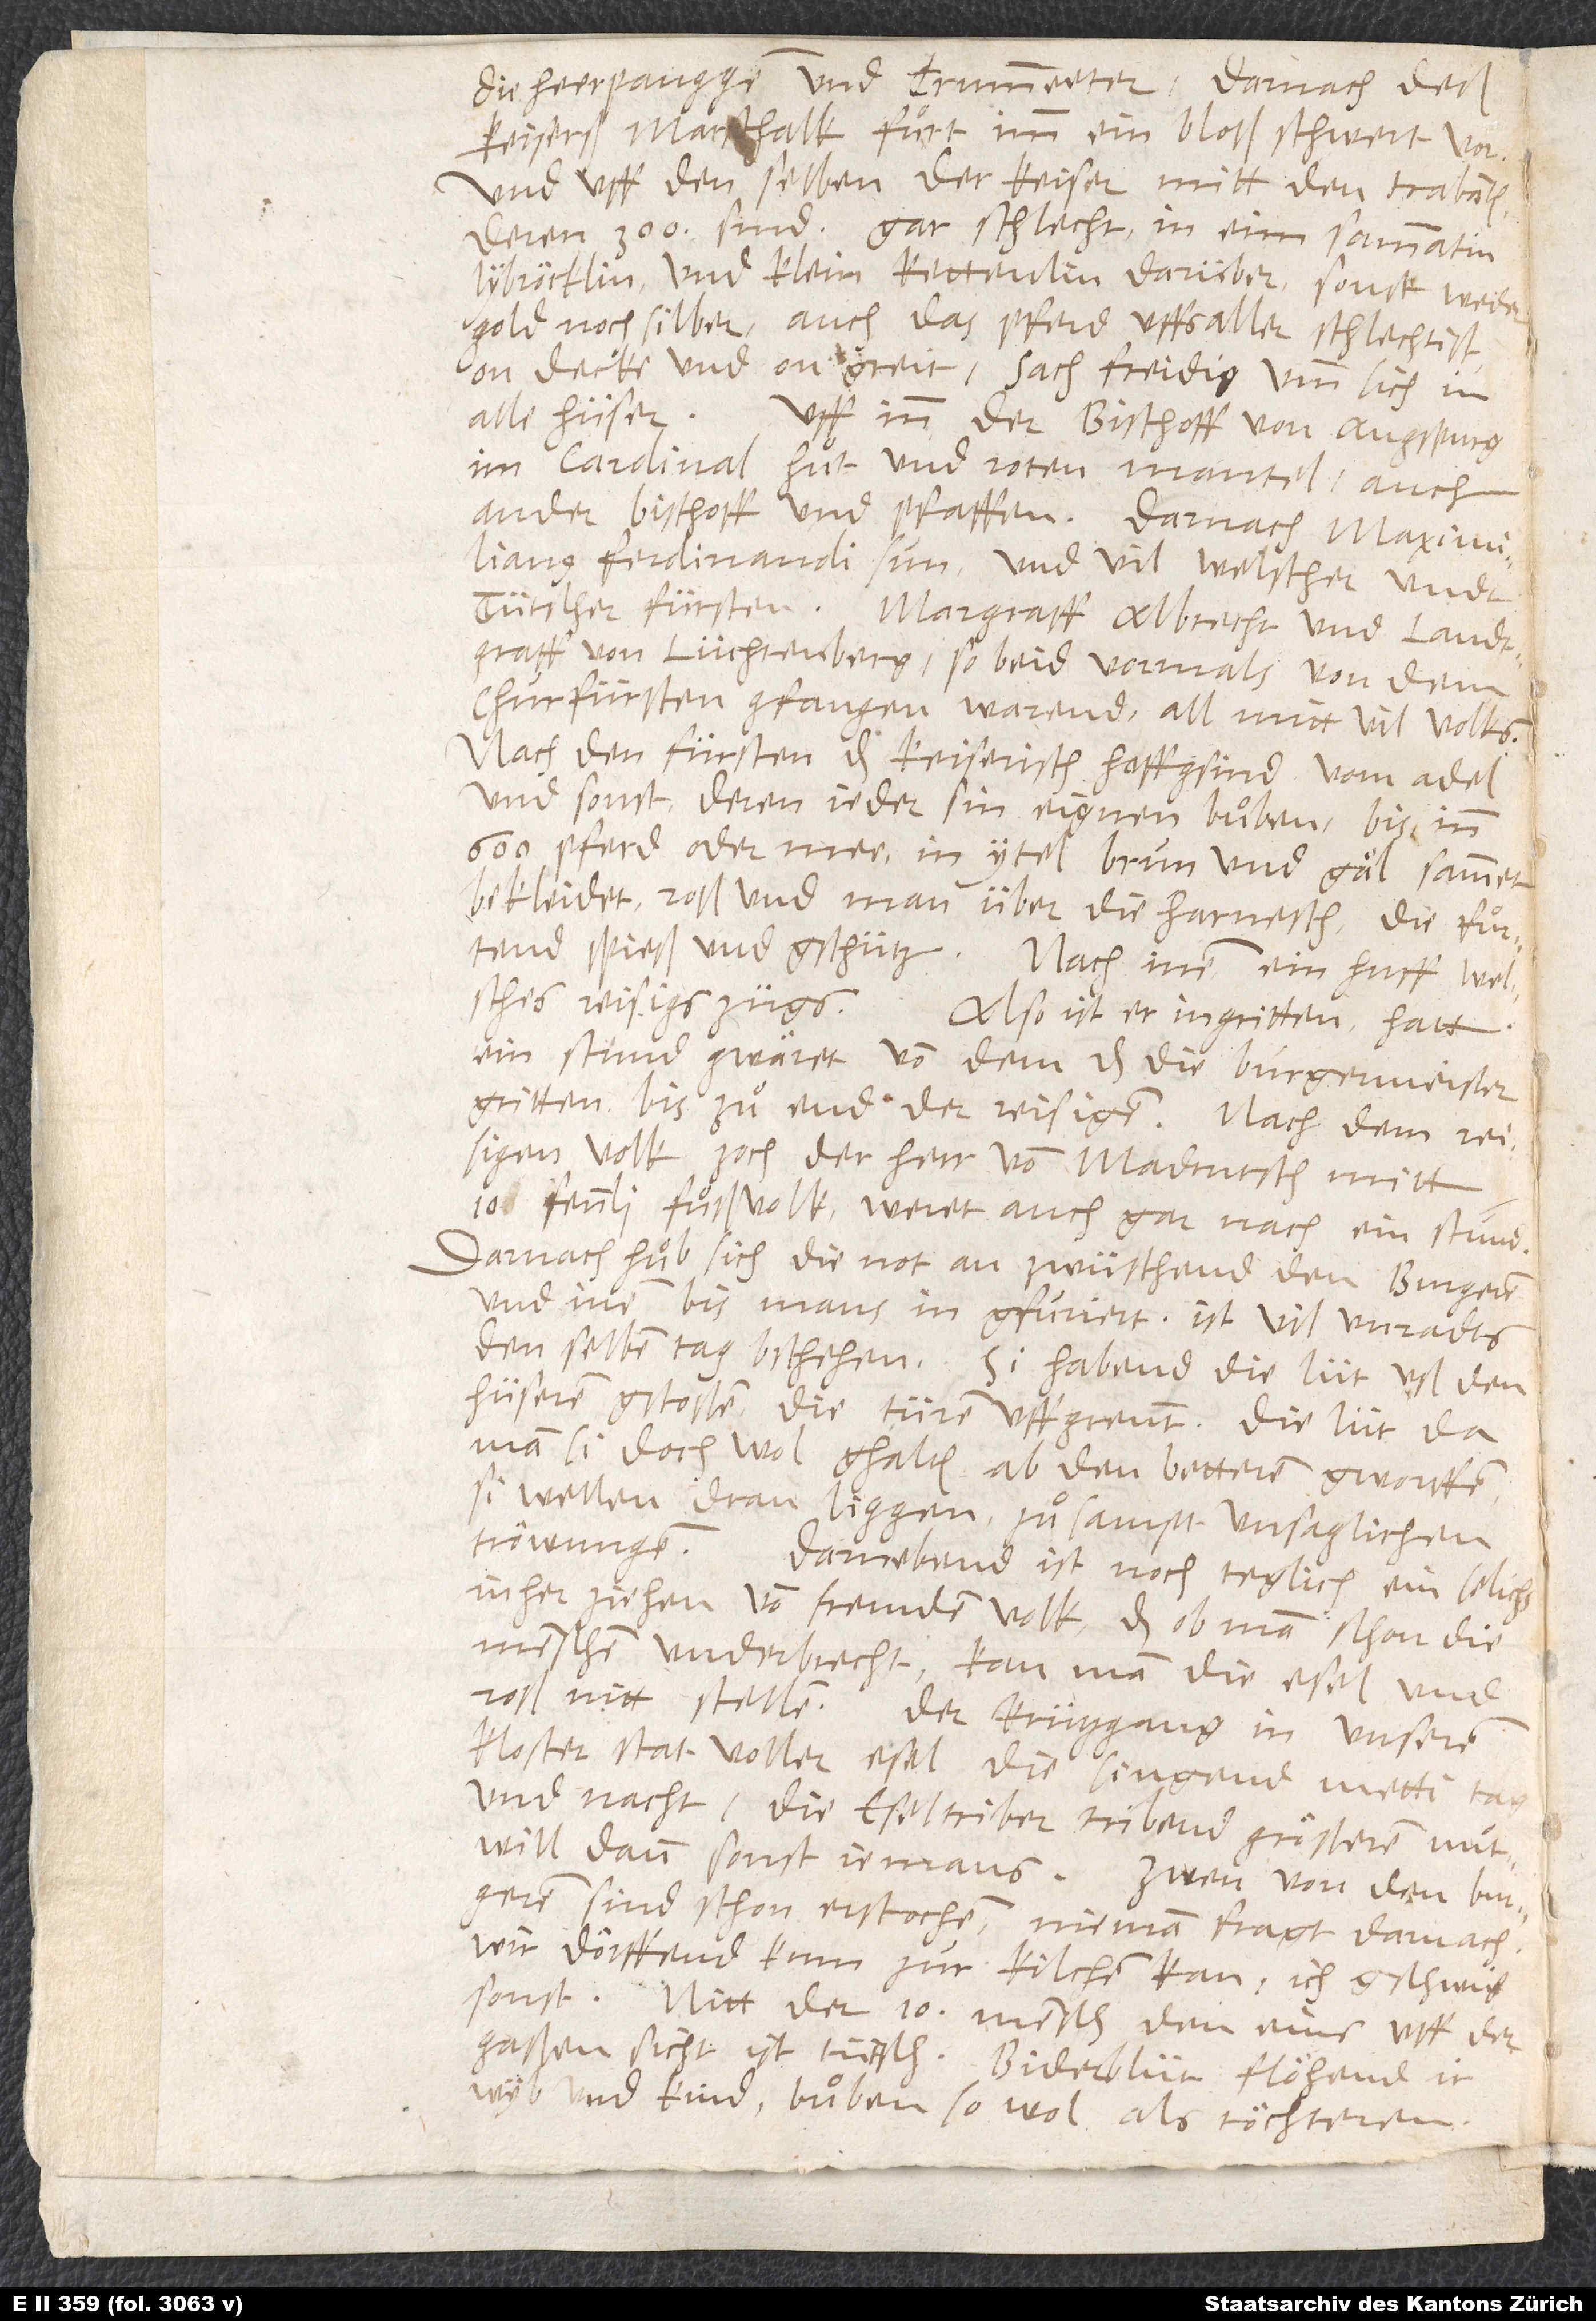
die heerpaugge und trummeeter. Darnach deß
keiserß marschalk. Fuͤrt imm ein bloß schwert vor.
Und uff denselben der keiser mitt den trabanten,
deren 300 sind, gar schlecht in eim sammatin
lybröcklin und klein kettenlin darüber (sonst weder
gold noch silber, auch das pferd uffs aller schlechtist,
on decke und on greit). Sach freidig umb sich in
alle hüser. Uff inn der bischoff von Augspurg
im cardinalhuͦt und roten mantel, auch
ander bischoff und pfaffen. Darnach Maximilianus,
Ferdinandi sun, und vil welscher undt
tütscher fürsten, Margraff Albrecht und landtgraff
von Lüchtenberg, so beid vormals von dem
churfürsten gfangen warend, all mitt vil volks.
Nach den fürsten das keiserisch hoffgsind vom adel
und sonst, deren jeder sin eignen buͦben bis inn
600 pferd oder mee, in ytel brun und gäl sammet
bekleidet (roß und man über die harnesch). Die fuͦrtend
spieß und gschütz. Nach inen ein huff welsches
reisigs zügs. Also ist er ingritten. Hatt
ein stund gwäret von dem, das die burgermeister
gritten, bis zuͦ end der reisigen. Nach dem reisigen
volk zoch der herr von Madrutsch mitt
10 fennli fuͦßvolk. Weret auch gar nach ein stund.
Darnach huͦb sich die not an zwüschend den burgeren
und inen, bis mans ingfuriert. Ist vil unradts
denselben tag bschehen. Si habend die lüt uß den
hüseren gstossen, die türen uffgrennt, die lüt, da
man si doch wol ghalten, ab den betteren gworffen
(si wellen dran liggen), zuͦsampt unsa glichen
tröwungen. Darnebend ist noch teglich ein selich
inherziehen von fremdem volk, das, ob man schon die
menschen underbrecht, kann man die esel und
roß nitt stellen. Der krützgang in unserem
kloster stat voller esel. Die singend metti tag
und nacht. Die eseltriber tribend größeren muͦtwill
dann sonst jemans. Zwen von den burgeren
sind schon erstochen. Nieman fragt darnach.
Wir dörffend kum zur kilchen kan; ich gschwig
sonst. Nitt der 10. mensch, den eins uff der
gassen sicht, ist tütsch! Biderblüt flöhend ir
wyb und kind, buͦben so wol als töchteren.